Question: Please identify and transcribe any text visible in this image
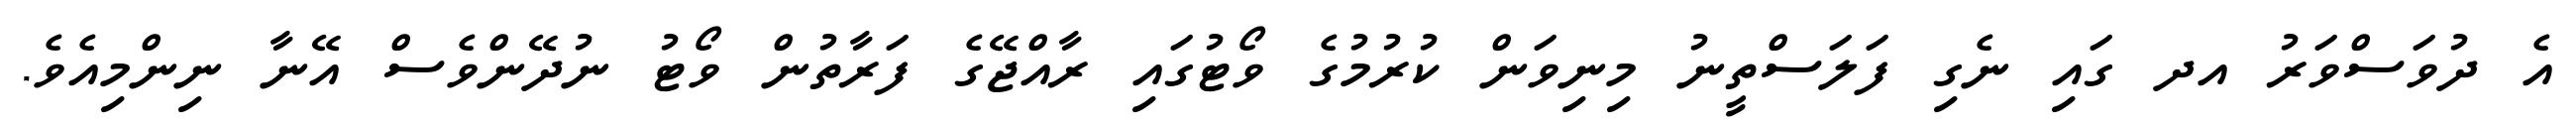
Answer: އެ ދުވަސްވަރު އދ ގައި ނެގި ފަލަސްތީނު މިނިވަން ކުރުމުގެ ވޯޓުގައި ރާއްޖޭގެ ފަރާތުން ވޯޓު ނުދޭންވެސް އޭނާ ނިންމިއެވެ.